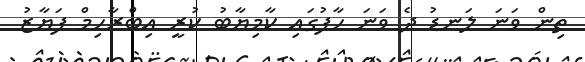
ތިން ވަނަ ލަނޑު ދެ ވަނަ ހާފުގައި ކާމިޔާބު ކުރީ އިބްރާހިމް ފަޔާޒު